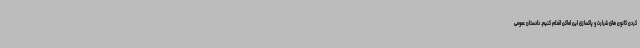
کردن کانون های شرارت و پاکسازی این اماکن اقدام کنیم. دادستان عمومی